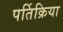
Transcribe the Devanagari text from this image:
पर्तिक्रिया